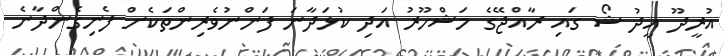
އުރީދޫ އީދު ޝޯ ގައި ރާއްޖޭގެ މަޝްހޫރު އަދި ކުޅަދާނަ ފަންނުވެރިންތަކެށް ފެނިގެންދާނެ